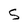
Character: 5